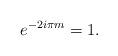
LaTeX: \begin{gather*}e^{-2i\pi m} = 1.\end{gather*}